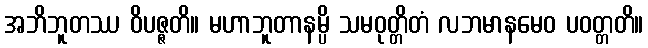
အဘိဘူတဿ ဝိပဇ္ဇတိ။ မဟာဘူတာနမ္ပိ သမဝုတ္တိတံ လဘမာနမေဝ ပဝတ္တတိ။